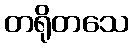
တရိုတသေ